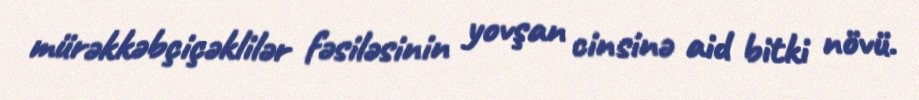
mürəkkəbçiçəklilər fəsiləsinin yovşan cinsinə aid bitki növü.